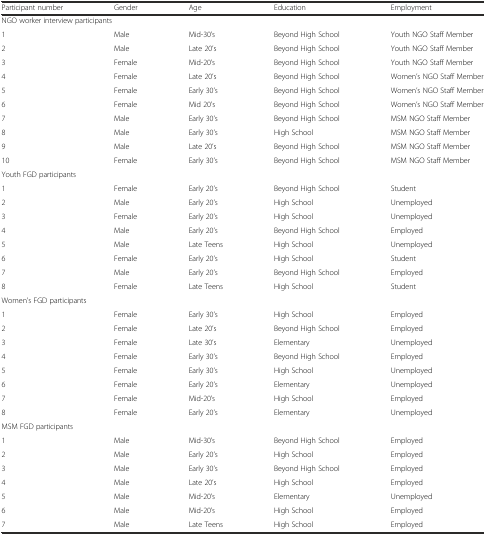
<table><thead><tr><td><b>Participant number</b></td><td><b>Gender</b></td><td><b>Age</b></td><td><b>Education</b></td><td><b>Employment</b></td></tr></thead><tbody><tr><td colspan="5">NGO worker interview participants</td></tr><tr><td>1</td><td>Male</td><td>Mid-30’s</td><td>Beyond High School</td><td>Youth NGO Staff Member</td></tr><tr><td>2</td><td>Male</td><td>Late 20’s</td><td>Beyond High School</td><td>Youth NGO Staff Member</td></tr><tr><td>3</td><td>Female</td><td>Mid-20’s</td><td>Beyond High School</td><td>Youth NGO Staff Member</td></tr><tr><td>4</td><td>Female</td><td>Late 20’s</td><td>Beyond High School</td><td>Women’s NGO Staff Member</td></tr><tr><td>5</td><td>Female</td><td>Early 30’s</td><td>Beyond High School</td><td>Women’s NGO Staff Member</td></tr><tr><td>6</td><td>Female</td><td>Mid 20’s</td><td>Beyond High School</td><td>Women’s NGO Staff Member</td></tr><tr><td>7</td><td>Male</td><td>Early 30’s</td><td>Beyond High School</td><td>MSM NGO Staff Member</td></tr><tr><td>8</td><td>Male</td><td>Early 30’s</td><td>High School</td><td>MSM NGO Staff Member</td></tr><tr><td>9</td><td>Male</td><td>Late 20’s</td><td>Beyond High School</td><td>MSM NGO Staff Member</td></tr><tr><td>10</td><td>Female</td><td>Early 30’s</td><td>Beyond High School</td><td>MSM NGO Staff Member</td></tr><tr><td colspan="5">Youth FGD participants</td></tr><tr><td>1</td><td>Female</td><td>Early 20’s</td><td>Beyond High School</td><td>Student</td></tr><tr><td>2</td><td>Male</td><td>Early 20’s</td><td>High School</td><td>Unemployed</td></tr><tr><td>3</td><td>Female</td><td>Early 20’s</td><td>High School</td><td>Unemployed</td></tr><tr><td>4</td><td>Male</td><td>Early 20’s</td><td>Beyond High School</td><td>Employed</td></tr><tr><td>5</td><td>Male</td><td>Late Teens</td><td>High School</td><td>Unemployed</td></tr><tr><td>6</td><td>Female</td><td>Early 20’s</td><td>High School</td><td>Student</td></tr><tr><td>7</td><td>Male</td><td>Early 20’s</td><td>Beyond High School</td><td>Employed</td></tr><tr><td>8</td><td>Female</td><td>Late Teens</td><td>High School</td><td>Student</td></tr><tr><td colspan="5">Women’s FGD participants</td></tr><tr><td>1</td><td>Female</td><td>Early 30’s</td><td>High School</td><td>Employed</td></tr><tr><td>2</td><td>Female</td><td>Late 20’s</td><td>Beyond High School</td><td>Employed</td></tr><tr><td>3</td><td>Female</td><td>Late 30’s</td><td>Elementary</td><td>Unemployed</td></tr><tr><td>4</td><td>Female</td><td>Early 30’s</td><td>Beyond High School</td><td>Employed</td></tr><tr><td>5</td><td>Female</td><td>Early 30’s</td><td>High School</td><td>Unemployed</td></tr><tr><td>6</td><td>Female</td><td>Early 20’s</td><td>Elementary</td><td>Unemployed</td></tr><tr><td>7</td><td>Female</td><td>Mid-20’s</td><td>High School</td><td>Employed</td></tr><tr><td>8</td><td>Female</td><td>Early 20’s</td><td>Elementary</td><td>Unemployed</td></tr><tr><td colspan="5">MSM FGD participants</td></tr><tr><td>1</td><td>Male</td><td>Mid-30’s</td><td>Beyond High School</td><td>Employed</td></tr><tr><td>2</td><td>Male</td><td>Early 20’s</td><td>High School</td><td>Employed</td></tr><tr><td>3</td><td>Male</td><td>Early 30’s</td><td>Beyond High School</td><td>Employed</td></tr><tr><td>4</td><td>Male</td><td>Late 20’s</td><td>High School</td><td>Employed</td></tr><tr><td>5</td><td>Male</td><td>Mid-20’s</td><td>Elementary</td><td>Unemployed</td></tr><tr><td>6</td><td>Male</td><td>Mid-20’s</td><td>High School</td><td>Employed</td></tr><tr><td>7</td><td>Male</td><td>Late Teens</td><td>High School</td><td>Employed</td></tr></tbody></table>